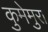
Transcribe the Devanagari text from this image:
कुमेमुरा